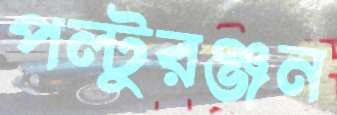
পল্টুরঞ্জন